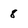
Character: 8